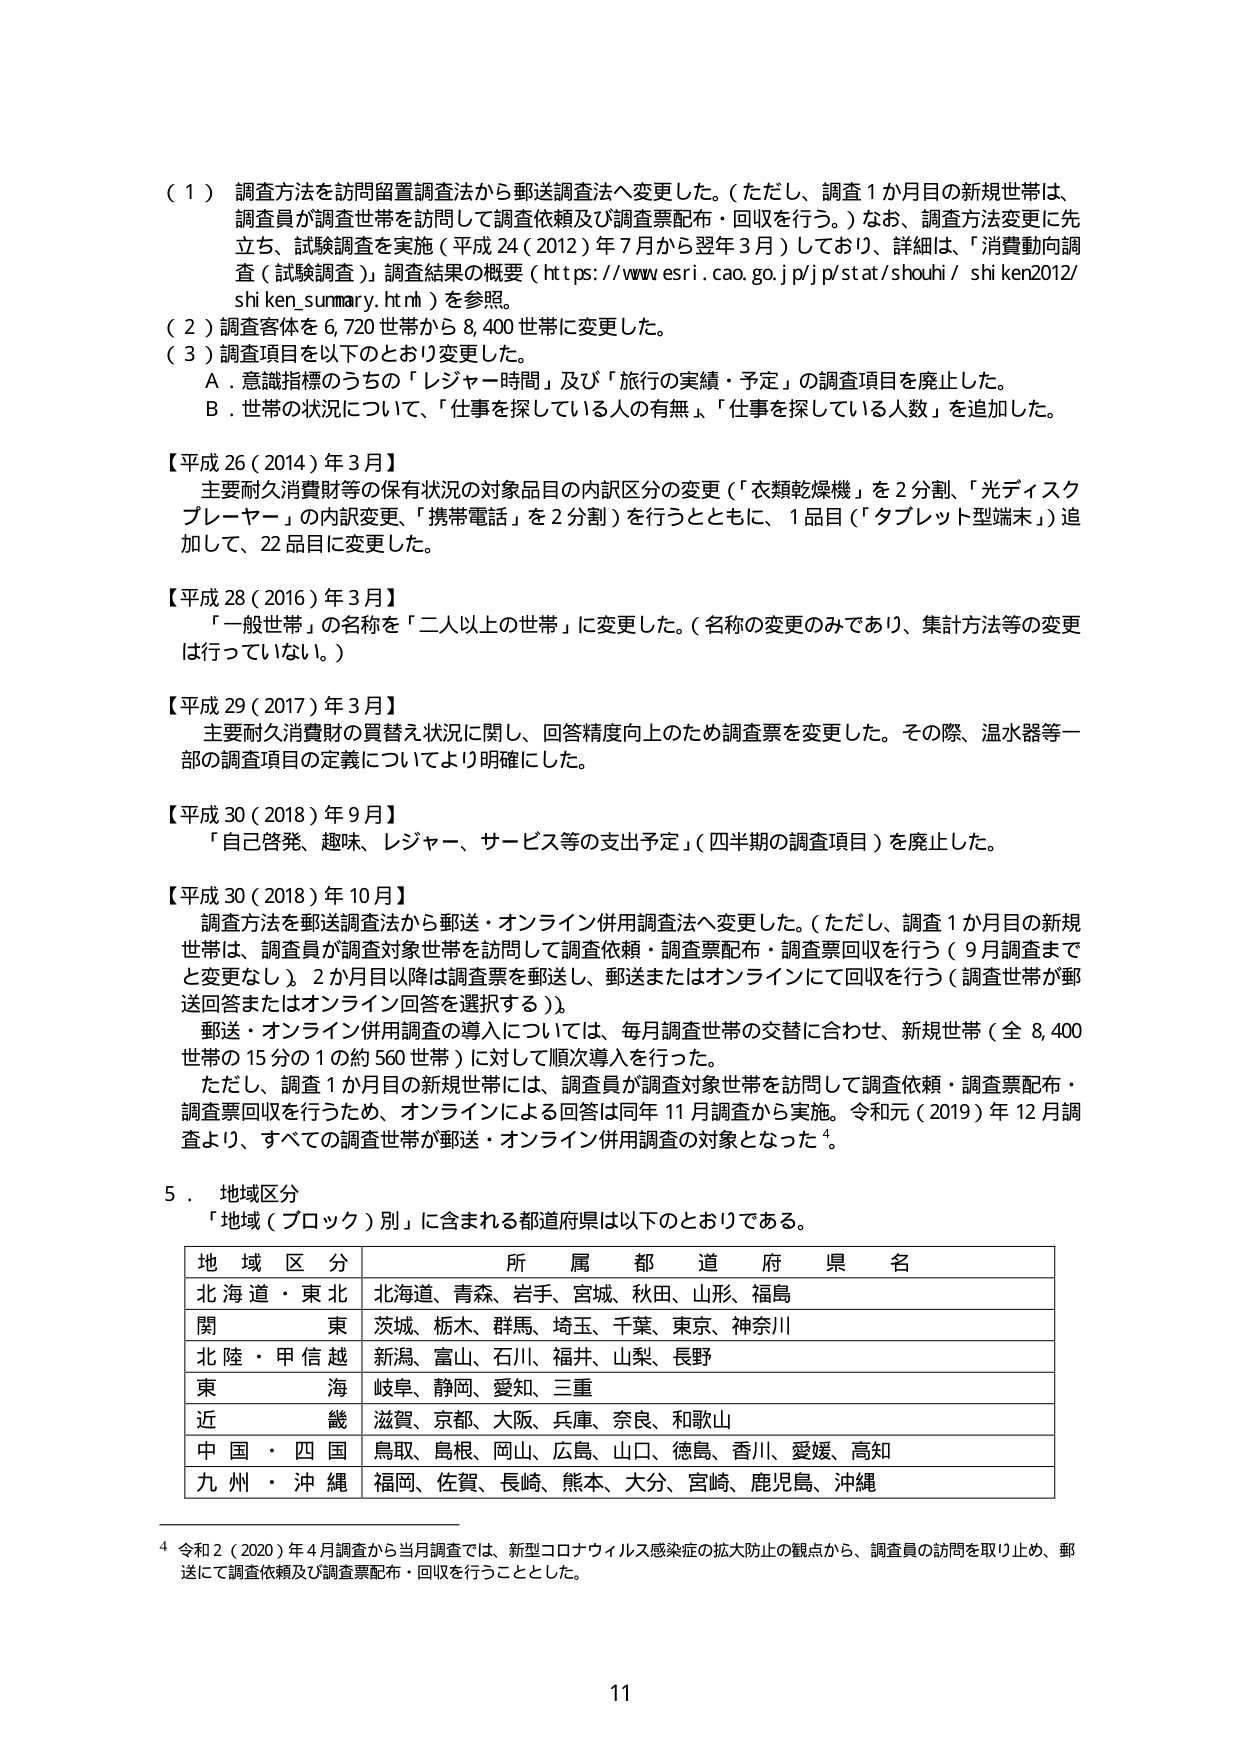
（１）調査方法を訪問留置調査法から郵送調査法へ変更しました。（ただし、調査１か月目の新規世帯は、調査員が調査世帯を訪問して調査依頼及び調査票配布・回収を行う。）なお、調査方法変更に先立ち、試験調査を実施（平成24（2012）年7月から翌年3月）しており、詳細は、「消費動向調査（試験調査）」調査結果の概要（https://www.esri.cao.go.jp/jp/stat/shouhi/shiken2012/shiken_summary.htm）を参照。

（２）調査客体を6,720世帯から8,400世帯に変更しました。

（３）調査項目を以下のとおり変更しました。
Ａ．意識指標のうちの「レジャー時間」及び「旅行の実績・予定」の調査項目を廃止した。
Ｂ．世帯の状況について、「仕事を探している人の有無」、「仕事を探している人数」を追加した。

【平成26（2014）年3月】
主要耐久消費財等の保有状況の対象品目の内訳区分の変更（「衣類乾燥機」を2分割、「光ディスクプレーヤー」の内訳変更、「携帯電話」を2分割）を行うとともに、1品目（「タブレット型端末」）追加して、22品目に変更した。

【平成28（2016）年3月】
「一般世帯」の名称を「二人以上の世帯」に変更した。（名称の変更のみであり、集計方法等の変更は行っていない。）

【平成29（2017）年3月】
主要耐久消費財の買替え状況に関し、回答精度向上のため調査票を変更した。その際、温水器等一部の調査項目の定義についてより明確にした。

【平成30（2018）年9月】
「自己啓発、趣味、レジャー、サービス等の支出予定」（四半期の調査項目）を廃止した。

【平成30（2018）年10月】
調査方法を郵送調査法から郵送・オンライン併用調査法へ変更した。（ただし、調査1か月目の新規世帯は、調査員が調査対象世帯を訪問して調査依頼・調査票配布・調査票回収を行う（9月調査までと変更なし）。2か月目以降は調査票を郵送し、郵送またはオンラインにて回収を行う（調査世帯が郵送回答またはオンライン回答を選択する）。）
郵送・オンライン併用調査の導入については、毎月調査世帯の交替に合わせ、新規世帯（全8,400世帯の15分の1の約560世帯）に対して順次導入を行った。
ただし、調査1か月目の新規世帯には、調査員が調査対象世帯を訪問して調査依頼・調査票配布・調査票回収を行うため、オンラインによる回答は同年11月調査から実施。令和元（2019）年12月調査より、すべての調査世帯が郵送・オンライン併用調査の対象となった⁴。

５．地域区分
「地域（ブロック）別」に含まれる都道府県は以下のとおりである。

| 地域区分 | 所属都道府県名 |
|----------|----------------|
| 北海道・東北 | 北海道、青森、岩手、宮城、秋田、山形、福島 |
| 関東 | 茨城、栃木、群馬、埼玉、千葉、東京、神奈川 |
| 北陸・甲信越 | 新潟、富山、石川、福井、山梨、長野 |
| 東海 | 岐阜、静岡、愛知、三重 |
| 近畿 | 滋賀、京都、大阪、兵庫、奈良、和歌山 |
| 中国・四国 | 鳥取、島根、岡山、広島、山口、徳島、香川、愛媛、高知 |
| 九州・沖縄 | 福岡、佐賀、長崎、熊本、大分、宮崎、鹿児島、沖縄 |

⁴ 令和2（2020）年4月調査から当月調査では、新型コロナウイルス感染症の拡大防止の観点から、調査員の訪問を取り止め、郵送にて調査依頼及び調査票配布・回収を行うこととした。

11